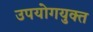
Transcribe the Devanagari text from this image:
उपयोगयुक्त